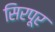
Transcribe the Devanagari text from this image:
सिरपूर